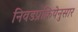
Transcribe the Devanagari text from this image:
निवडप्रक्रियेनुसार